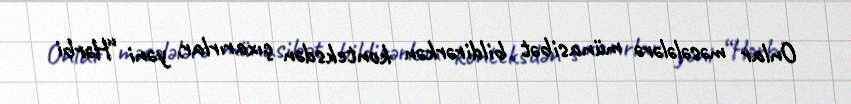
Onlar məsələlərə münasibət bildirərkən konteksdən çıxarırlar, yəni “Hərbi